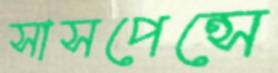
সাসপেন্সে